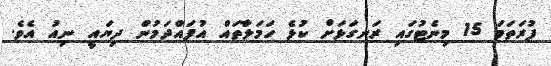
ފުރަތަމަ 15 މިނެޓުގައި ރަނގަޅަށް ކުޅެ ހަމަލާތައް އުފައްދަމުން ދިޔައީ ނިއު އެވެ.